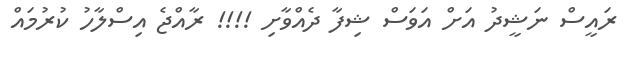
ރައީސް ނަޝީދު އަށް އަވަސް ޝިފާ ދެއްވާށި !!!! ރާއްޖެ އިސްލާހު ކުރުމައް